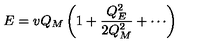
E = v Q _ { M } \left( 1 + { \frac { Q _ { E } ^ { 2 } } { 2 Q _ { M } ^ { 2 } } } + \cdots \right)